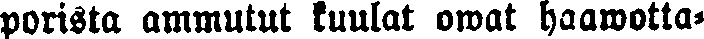
porista ammutut kuulat owat haawotta-